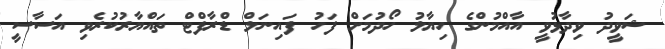
ޝަވީދު ވިދާޅުވީ އާއްމުންގެ ހިޔާލު ހޯދުމަށް ފަހު ފައިނަލް ޑްރާފްޓް ތައްޔާރުކުރެވި އަސާސީ